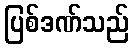
ပြစ်ဒဏ်သည်